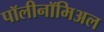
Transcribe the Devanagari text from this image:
पॉलीनॉमिअल